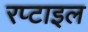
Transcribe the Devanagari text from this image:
रप्टाइल